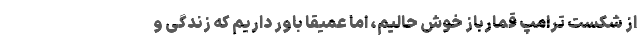
از شکست ترامپ قمارباز خوش حالیم، اما عمیقاً باور داریم که زندگی و